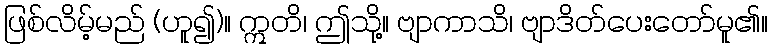
ဖြစ်လိမ့်မည် (ဟူ၍)။ ဣတိ၊ ဤသို့။ ဗျာကာသိ၊ ဗျာဒိတ်ပေးတော်မူ၏။